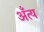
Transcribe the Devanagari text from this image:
अँत्य